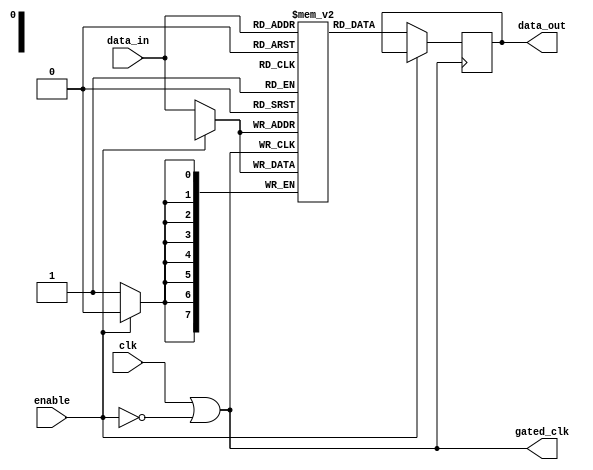
module clock_gating_memory (
    input wire clk,          // Primary clock signal
    input wire enable,       // Control signal for clock gating
    input wire [7:0] data_in, // Data input for memory
    output wire [7:0] data_out, // Data output from memory
    output wire gated_clk    // Gated clock output
);
    // Invert the enable signal
    wire enable_inv;
    assign enable_inv = ~enable;

    // OR gate to generate gated clock
    assign gated_clk = clk | enable_inv;

    // Memory block (example: 256x8 memory)
    reg [7:0] memory [0:255]; // 256 x 8-bit memory
    reg [7:0] data_out_reg;   // Register for output data

    // Memory write operation
    always @(posedge gated_clk) begin
        if (!enable) begin // Only write when memory is enabled
            memory[data_in[7:0]] <= data_in; // Example write operation
        end
    end

    // Memory read operation
    always @(posedge gated_clk) begin
        if (!enable) begin // Only read when memory is enabled
            data_out_reg <= memory[data_in[7:0]]; // Example read operation
        end
    end

    // Assign output data
    assign data_out = data_out_reg;

endmodule